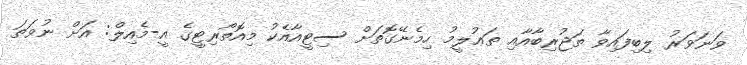
ވަނަވަރު ލިބިފައިވާ ތަޖުރިބާއާއި ތަޢުލީމު ހިމެނޭގޮތަށް ސިޓީއާއެކު މިއޮތޯރިޓީގެ އީ-މެއިލް: އަށް ނުވަތަ